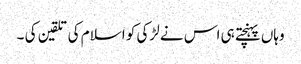
وہاں پہنچتے ہی اس نے لڑکی کو اسلام کی تلقین کی ۔